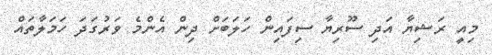
މިއީ ރަޝިޔާ އަދި ސޫރިޔާ ސިފައިން ހަލަބަށް ދިން އެންމެ ވަރުގަދަ ހަމަލާތައް